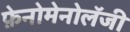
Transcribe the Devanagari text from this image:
फ़ेनोमेनोलॅजी